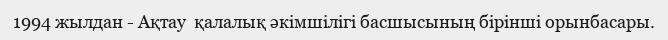
1994 жылдан - Ақтау  қалалық әкімшілігі басшысының бірінші орынбасары.